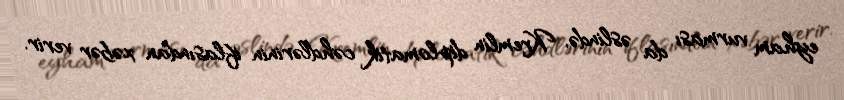
eyham vurması da əslində, Kremlin diplomatik cəhdlərinin iflasından xəbər verir.